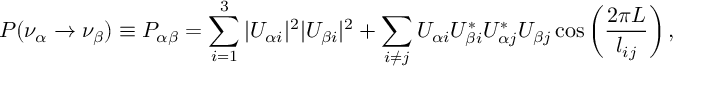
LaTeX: P ( \nu _ { \alpha } \rightarrow \nu _ { \beta } ) \equiv P _ { \alpha \beta } = \sum _ { i = 1 } ^ { 3 } | U _ { \alpha i } | ^ { 2 } | U _ { \beta i } | ^ { 2 } + \sum _ { i \neq j } U _ { \alpha i } U _ { \beta i } ^ { \ast } U _ { \alpha j } ^ { \ast } U _ { \beta j } \cos \left( \frac { 2 \pi L } { l _ { i j } } \right) ,